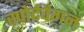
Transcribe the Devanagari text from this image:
स्पोर्टवैगन